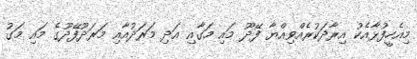
މިއެހީފުޅާއެކު އިރާދަކުރެއްވިއްޔާ ފޭދޫ މައި މަގާއި އަދި މަރަދުއާއި މަރަދޫފޭދޫގެ މައި މަގު